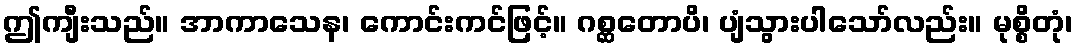
ဤကျီးသည်။ အာကာသေန၊ ကောင်းကင်ဖြင့်။ ဂစ္ဆတောပိ၊ ပျံသွားပါသော်လည်း။ မုစ္စိတုံ၊